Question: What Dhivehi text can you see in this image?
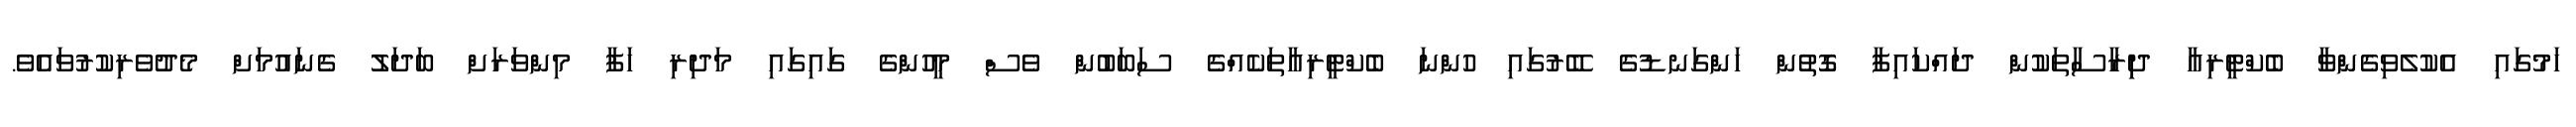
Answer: ހަމުގައި އެކުލެވިގެންވާ ބެކްޓީރިއާ ދިިރާސާތަކުން ދައްކައިފާ ގޮތުން ހަންގަނޑުގެ ބޭރުގައި ހުންނަ ބެކްޓީރިއާތަކެއްގެ ސަބަބުން ވެސް މީހުންގެ ގައިގައި މަދިރި ހަފާ މިންވަރަށް ބަދަލު ގެނައުމަށް މެދުވެރިކުރުވައެވެ.